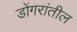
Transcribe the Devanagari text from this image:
डोंगरांतील